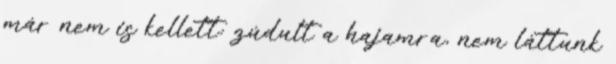
már nem is kellett: zúdult a hajamra, nem láttunk